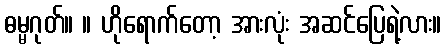
ဓမ္မဂုတ်။ ။ ဟိုရောက်တော့ အားလုံး အဆင်ပြေရဲ့လား။